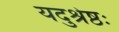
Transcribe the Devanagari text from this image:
यदुश्रेष्ठः